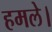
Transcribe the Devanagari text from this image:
हमले।